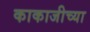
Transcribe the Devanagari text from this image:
काकाजीच्या